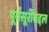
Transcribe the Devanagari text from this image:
पूर्वसूरींबद्दल